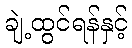
ချဲ့ထွင်ရန်နှင့်